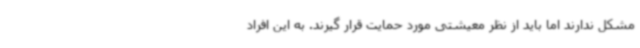
مشکل ندارند اما باید از نظر معیشتی مورد حمایت قرار گیرند. به این افراد